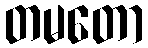
တမတော